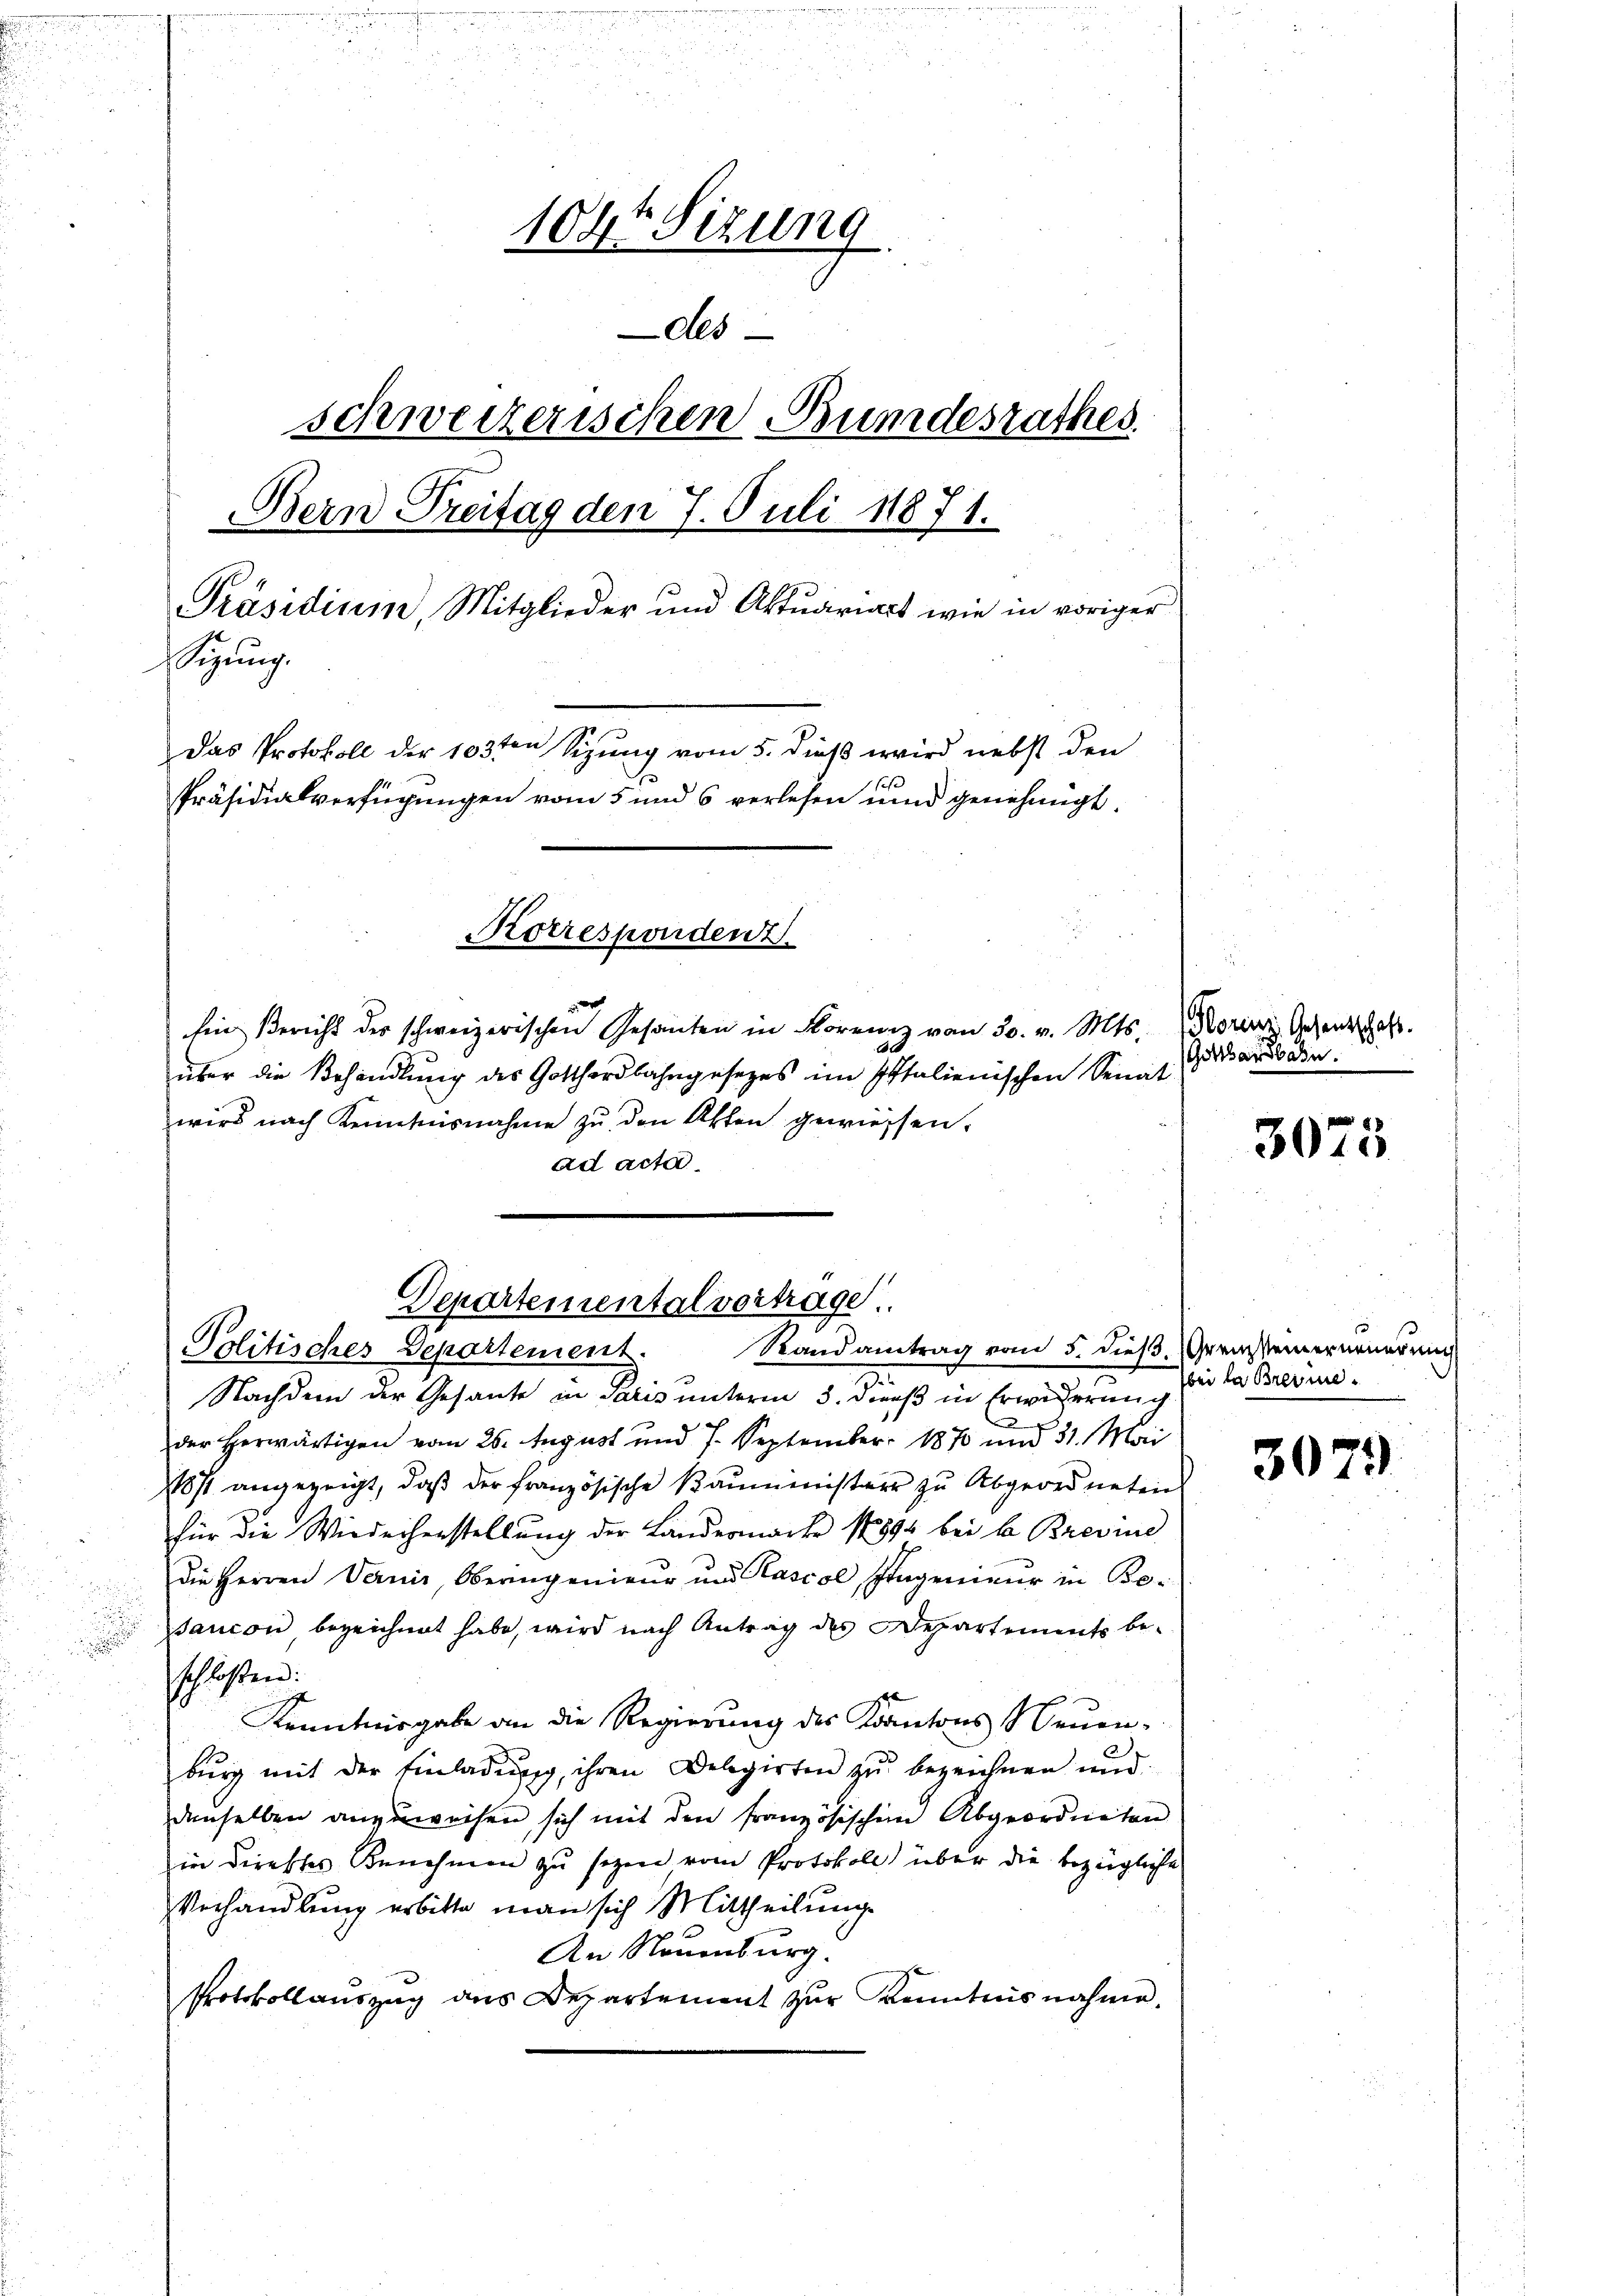
104t Sizung
des
schweizerischen Bundesrathes.
Bern Treitag den 7. Juli 18871.
Präsidium, Mitglieder und Aktuariart wie in voriger
igung.
Das Protokoll der 103ten Sizung vom 5. dieß wird nebst den
Präsidialverfügungen vom 5 und 6 verlesen und genehmigt.
Korrespondent

Ein Bericht der schweizerischen Gesanten in Flor von 30. v. Mts.
über die Behandlŭng des Gotthardbahngesetzes im Italienischen Senat
wird nach Kenntnisnahme zu den Offen gewiessen.
ad acta

Nachdem der Gesante in Paris unterm 3. dieß in Erwiderung
.
der herwärtigen vom 25. August und 7. September 1870 und 31. Mai
1871 angezeigt, daβ der französische Baŭmeister zu Abgeordneten
für die Wiederherstellung der Landermarke 1894 bei b Brevid
Die Herren Vernis, Oberingenieur und Kascol Ingenieŭr in Besancon bezeichnet habe, wird nach Antrag des Departements be-
sschlossen:
Kenntnisgabe an die Regierung des Kantons Neuen-
bŭrg mit der Einladŭng, ihren Belegirten zŭ bezeichnen und
denselben anzuweisen sich mit den französischen Abgeordneten
in direktes Benehmen zu seyen vom Protokoll über die bezügliche
Verhandlung erbitte man sich Mittheilung
An Neuenburg.
Protokollauszug aus Departement zur Kenntnisnahme.

Departemental vortrage
Randantrag vom 5. dieß. Grenzseinerneuerung
Politisches Departement.

lorenz Gesentschaft.
Gotthardbahn.

3075

bei la Breine

307.